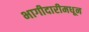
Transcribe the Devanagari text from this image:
भागीदारीमधून